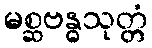
မစ္ဆဗန္ဓသုတ္တံ